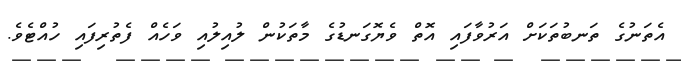
އެތަނުގެ ތަނބުތަކަށް އަރުވާފައި އޮތް ވެޔޮގަނޑުގެ މާތަކުން ލުއިލުއި ވަހެއް ފެތުރިފައި ހުއްޓެވެ.